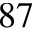
^ { 8 7 }